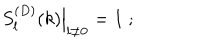
LaTeX: \left. S _ { l } ^ { ( D ) } ( k ) \right| _ { l \neq 0 } = 1 \; ;